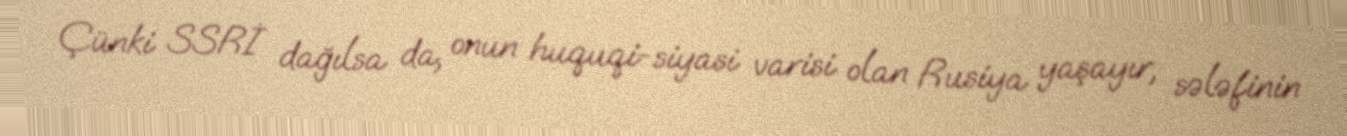
Çünki SSRİ dağılsa da, onun huquqi-siyasi varisi olan Rusiya yaşayır, sələfinin